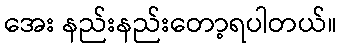
အေး နည်းနည်းတော့ရပါတယ်။